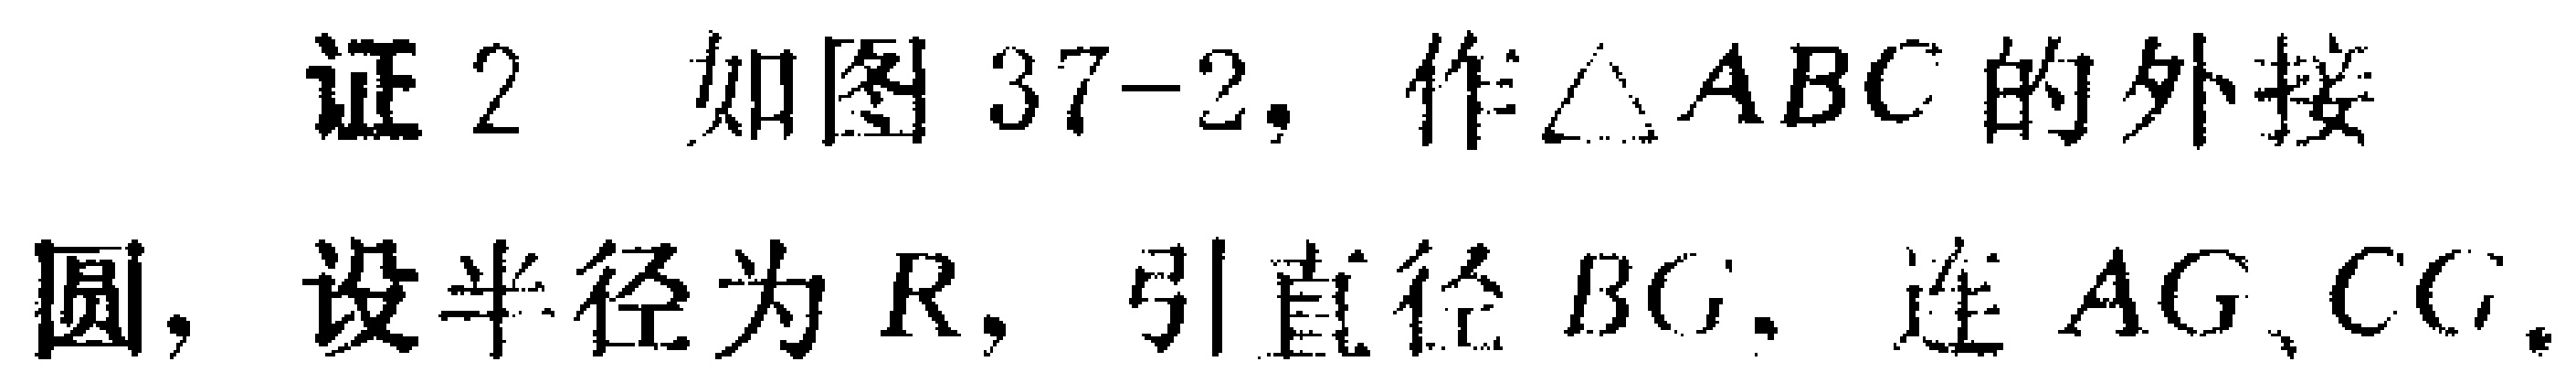
证 2 如图 37-2, 作$\triangle ABC$的外接圆, 设半径为$R$, 引直径$BG$, 连$AG$、$CG$.